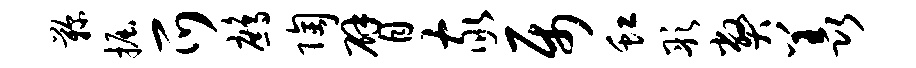
鞠掘爪鹧陶臂家属虹彤弊羡